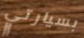
بسيارتي